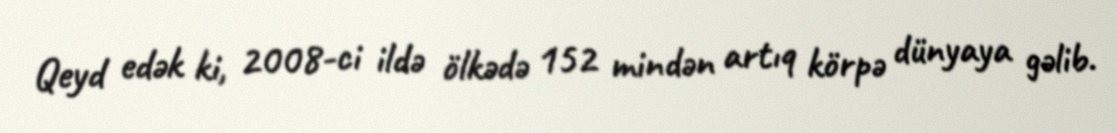
Qeyd edək ki, 2008-ci ildə ölkədə 152 mindən artıq körpə dünyaya gəlib.